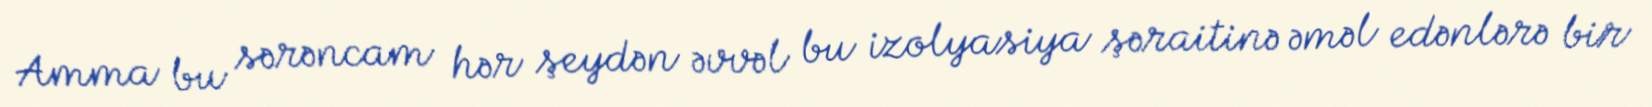
Amma bu sərəncam hər şeydən əvvəl bu izolyasiya şəraitinə əməl edənlərə bir